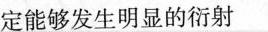
定能够发生明显的衍射